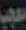
معجب